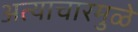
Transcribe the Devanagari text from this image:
अत्याचारमुळे